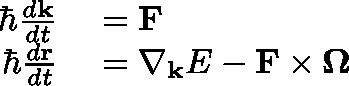
\begin{array} { r l } { \hbar \frac { d \mathbf { k } } { d t } } & { { } = \mathbf { F } } \\ { \hbar \frac { d \mathbf { r } } { d t } } & { { } = \nabla _ { \mathbf { k } } E - \mathbf { F } \times \mathbf { \Omega } } \end{array}